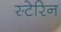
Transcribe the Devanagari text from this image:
स्टेरिन